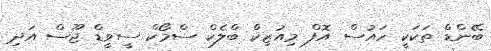
ބޭންޑް ތަކަކީ ހައުސް އޮފް މިއުޒިކް ބްލެކް ސްމޯކް ސީވީޑް ޖޫސް އަދި